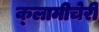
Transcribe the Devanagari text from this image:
क्‍लामीचेरी